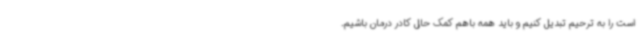
است را به ترحیم تبدیل کنیم و باید همه باهم کمک حال کادر درمان باشیم.